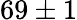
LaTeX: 69\pm 1